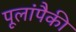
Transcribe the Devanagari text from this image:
पूलांपैकी